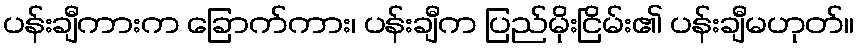
ပန်းချီကားက ခြောက်ကား၊ ပန်းချီက ပြည်မိုးငြိမ်း၏ ပန်းချီမဟုတ်။